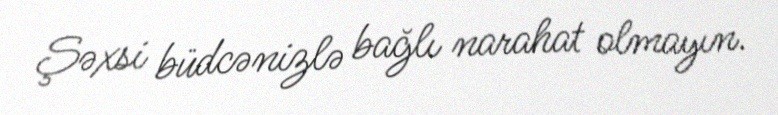
Şəxsi büdcənizlə bağlı narahat olmayın.